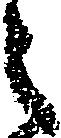
之